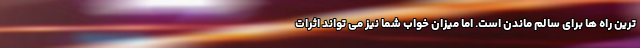
ترین راه ها برای سالم ماندن است. اما میزان خواب شما نیز می تواند اثرات